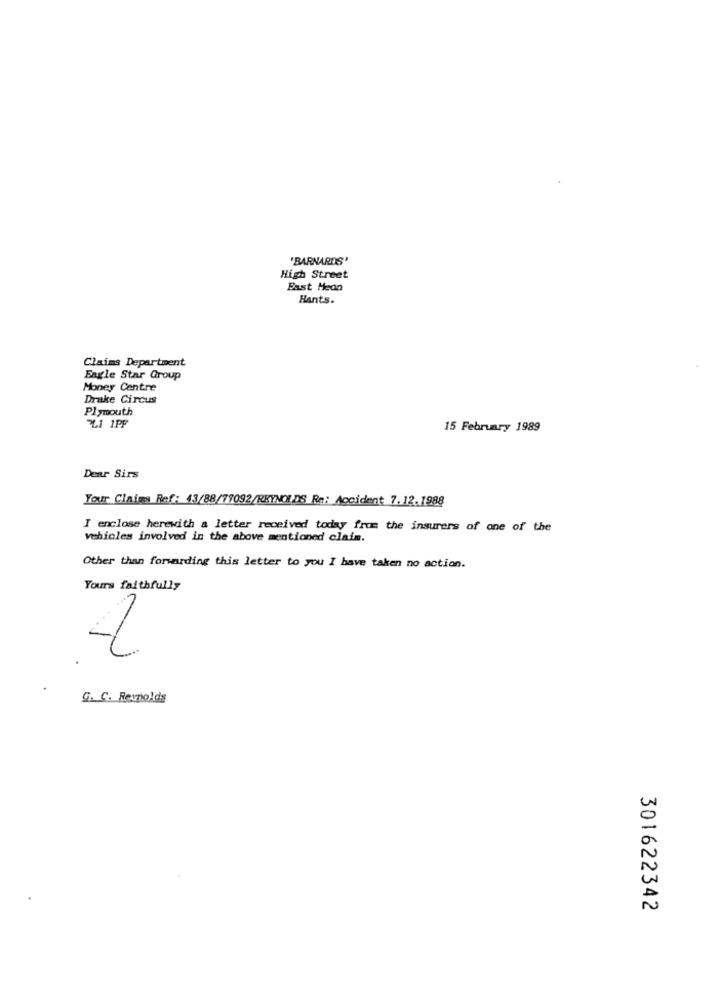
"BARNARDS"
High Street
Bast Heon
Hants.
Claims Department
Eagle Star Group
Money Centre
Drake Circus
Plymouth
41 1PF
15 February 1989
Dear Sirs
Your Claims Ref: 13/88/77092/REYNOLDS Re: Accident 7.12.1988
I enclose herewith a letter received today from the insurers of one of the
vehicles involved in the above mentioned claim.
Other than forwarding this letter to you I have taken no action.
Yours faithfully
G. C. Reynolds
301622342